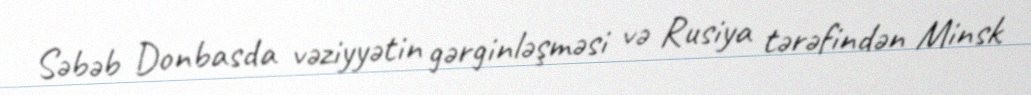
Səbəb Donbasda vəziyyətin gərginləşməsi və Rusiya tərəfindən Minsk